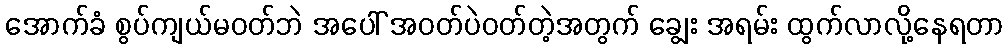
အောက်ခံ စွပ်ကျယ်မဝတ်ဘဲ အပေါ် အဝတ်ပဲဝတ်တဲ့အတွက် ချွေး အရမ်း ထွက်လာလို့နေရတာ